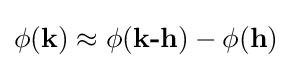
\phi ({\textbf {k}})\approx \phi ({\textbf {k-h}})-\phi ({\textbf {h}})